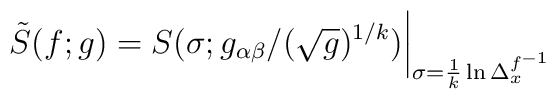
\tilde S(f; g) = S(\sigma ; g_{\alpha\beta} / (\sqrt{g})^{1/k})\bigg\vert_{\sigma = \frac{1}{k} \ln\Delta^{f^{-1}}_{x}}